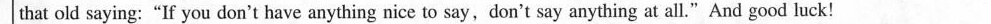
that old saying:"If you don't have anything nice to say,don't say anything at all."And good luck!